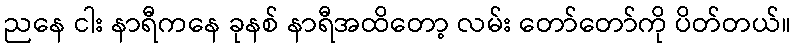
ညနေ ငါး နာရီကနေ ခုနစ် နာရီအထိတော့ လမ်း တော်တော်ကို ပိတ်တယ်။